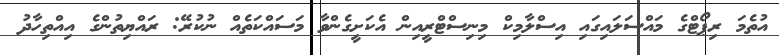
އުތެމަ ރިޕޯޓްގެ މައްސަލައިގައި އިސްލާމިކް މިނިސްޓްރީއިން އެކަށީގެންވާ މަސައްކަތެއް ނުކުރޭ: ރައްޔިތުންގެ އިއްތިހާދު